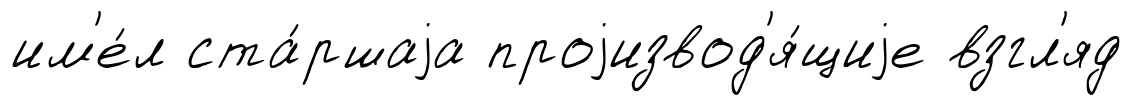
им'е́л ста́ршаjа проjизвод'я́щиjе взгл'яд